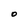
Character: O